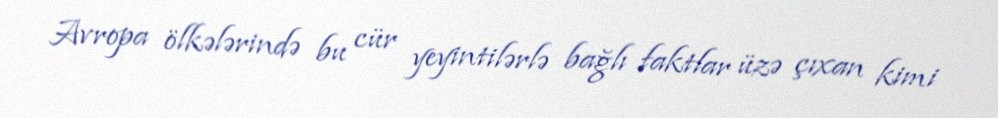
Avropa ölkələrində bu cür yeyintilərlə bağlı faktlar üzə çıxan kimi